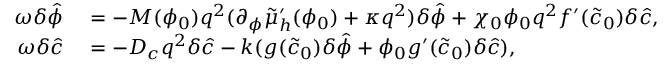
\begin{array} { r l } { \omega \delta \hat { \phi } } & { { } = - M ( \phi _ { 0 } ) q ^ { 2 } ( \partial _ { \phi } \tilde { \mu } _ { h } ^ { \prime } ( \phi _ { 0 } ) + \kappa q ^ { 2 } ) \delta \hat { \phi } + \chi _ { 0 } \phi _ { 0 } q ^ { 2 } f ^ { \prime } ( \tilde { c } _ { 0 } ) \delta \hat { c } , } \\ { \omega \delta \hat { c } } & { { } = - D _ { c } q ^ { 2 } \delta \hat { c } - k ( g ( \tilde { c } _ { 0 } ) \delta \hat { \phi } + \phi _ { 0 } g ^ { \prime } ( \tilde { c } _ { 0 } ) \delta \hat { c } ) , } \end{array}